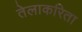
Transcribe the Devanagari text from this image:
तेलाकरिता